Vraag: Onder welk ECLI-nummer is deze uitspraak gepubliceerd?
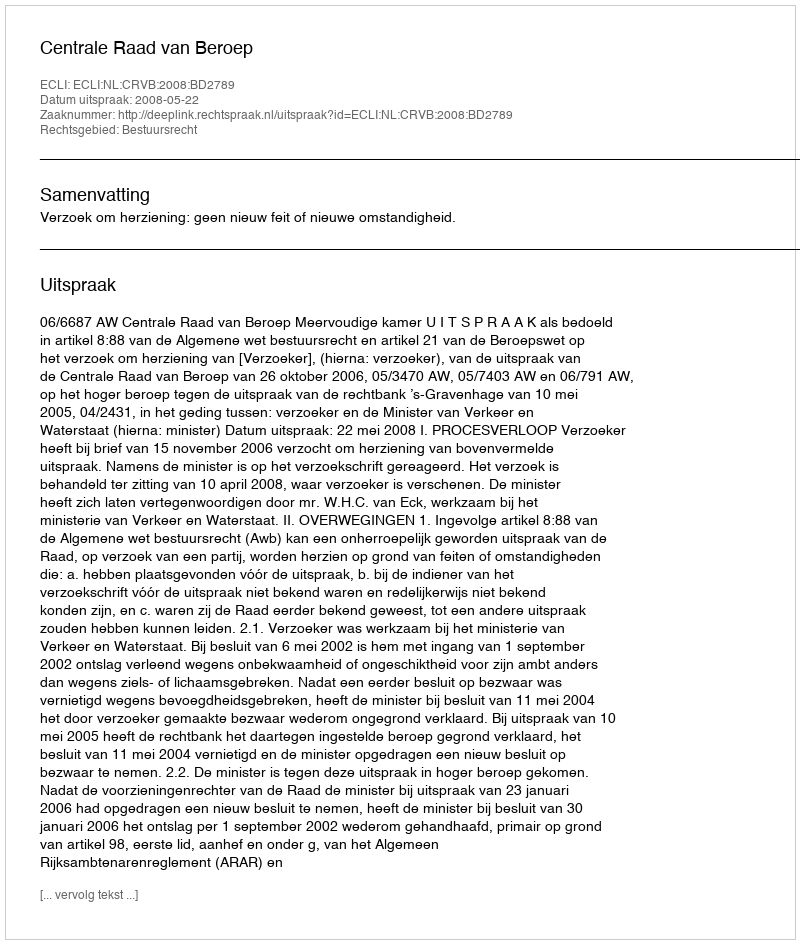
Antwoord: ECLI:NL:CRVB:2008:BD2789